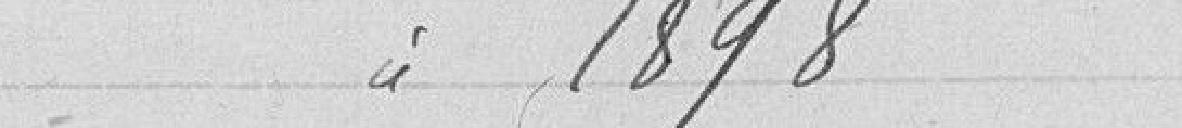
idem 1898